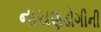
નાચણડોગીની